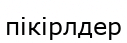
пікірлдер